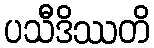
ပသီဒိဿတိ